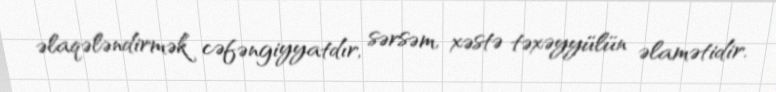
əlaqələndirmək cəfəngiyyatdır, sərsəm, xəstə təxəyyülün əlamətidir.